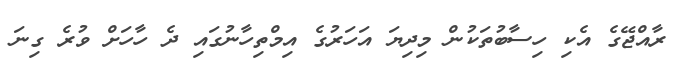
ރާއްޖޭގެ އެކި ހިސާބުތަކުން މިދިޔަ އަހަރުގެ އިމްތިހާނުގައި ދެ ހާހަށް ވުރެ ގިނަ